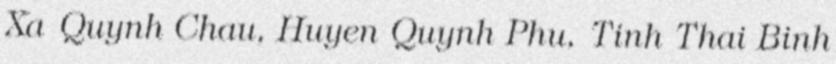
Xa Quynh Chau, Huyen Quynh Phu, Tinh Thai Binh